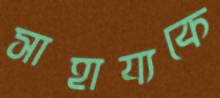
সাহায্যকে